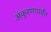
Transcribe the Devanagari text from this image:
अंकुरणापर्यंत